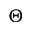
\Theta